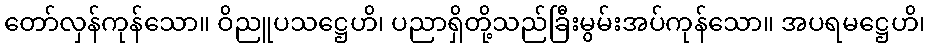
တော်လှန်ကုန်သော။ ဝိညူပသဋ္ဌေဟိ၊ ပညာရှိတို့သည်ခြီးမွမ်းအပ်ကုန်သော။ အပရမဋ္ဌေဟိ၊